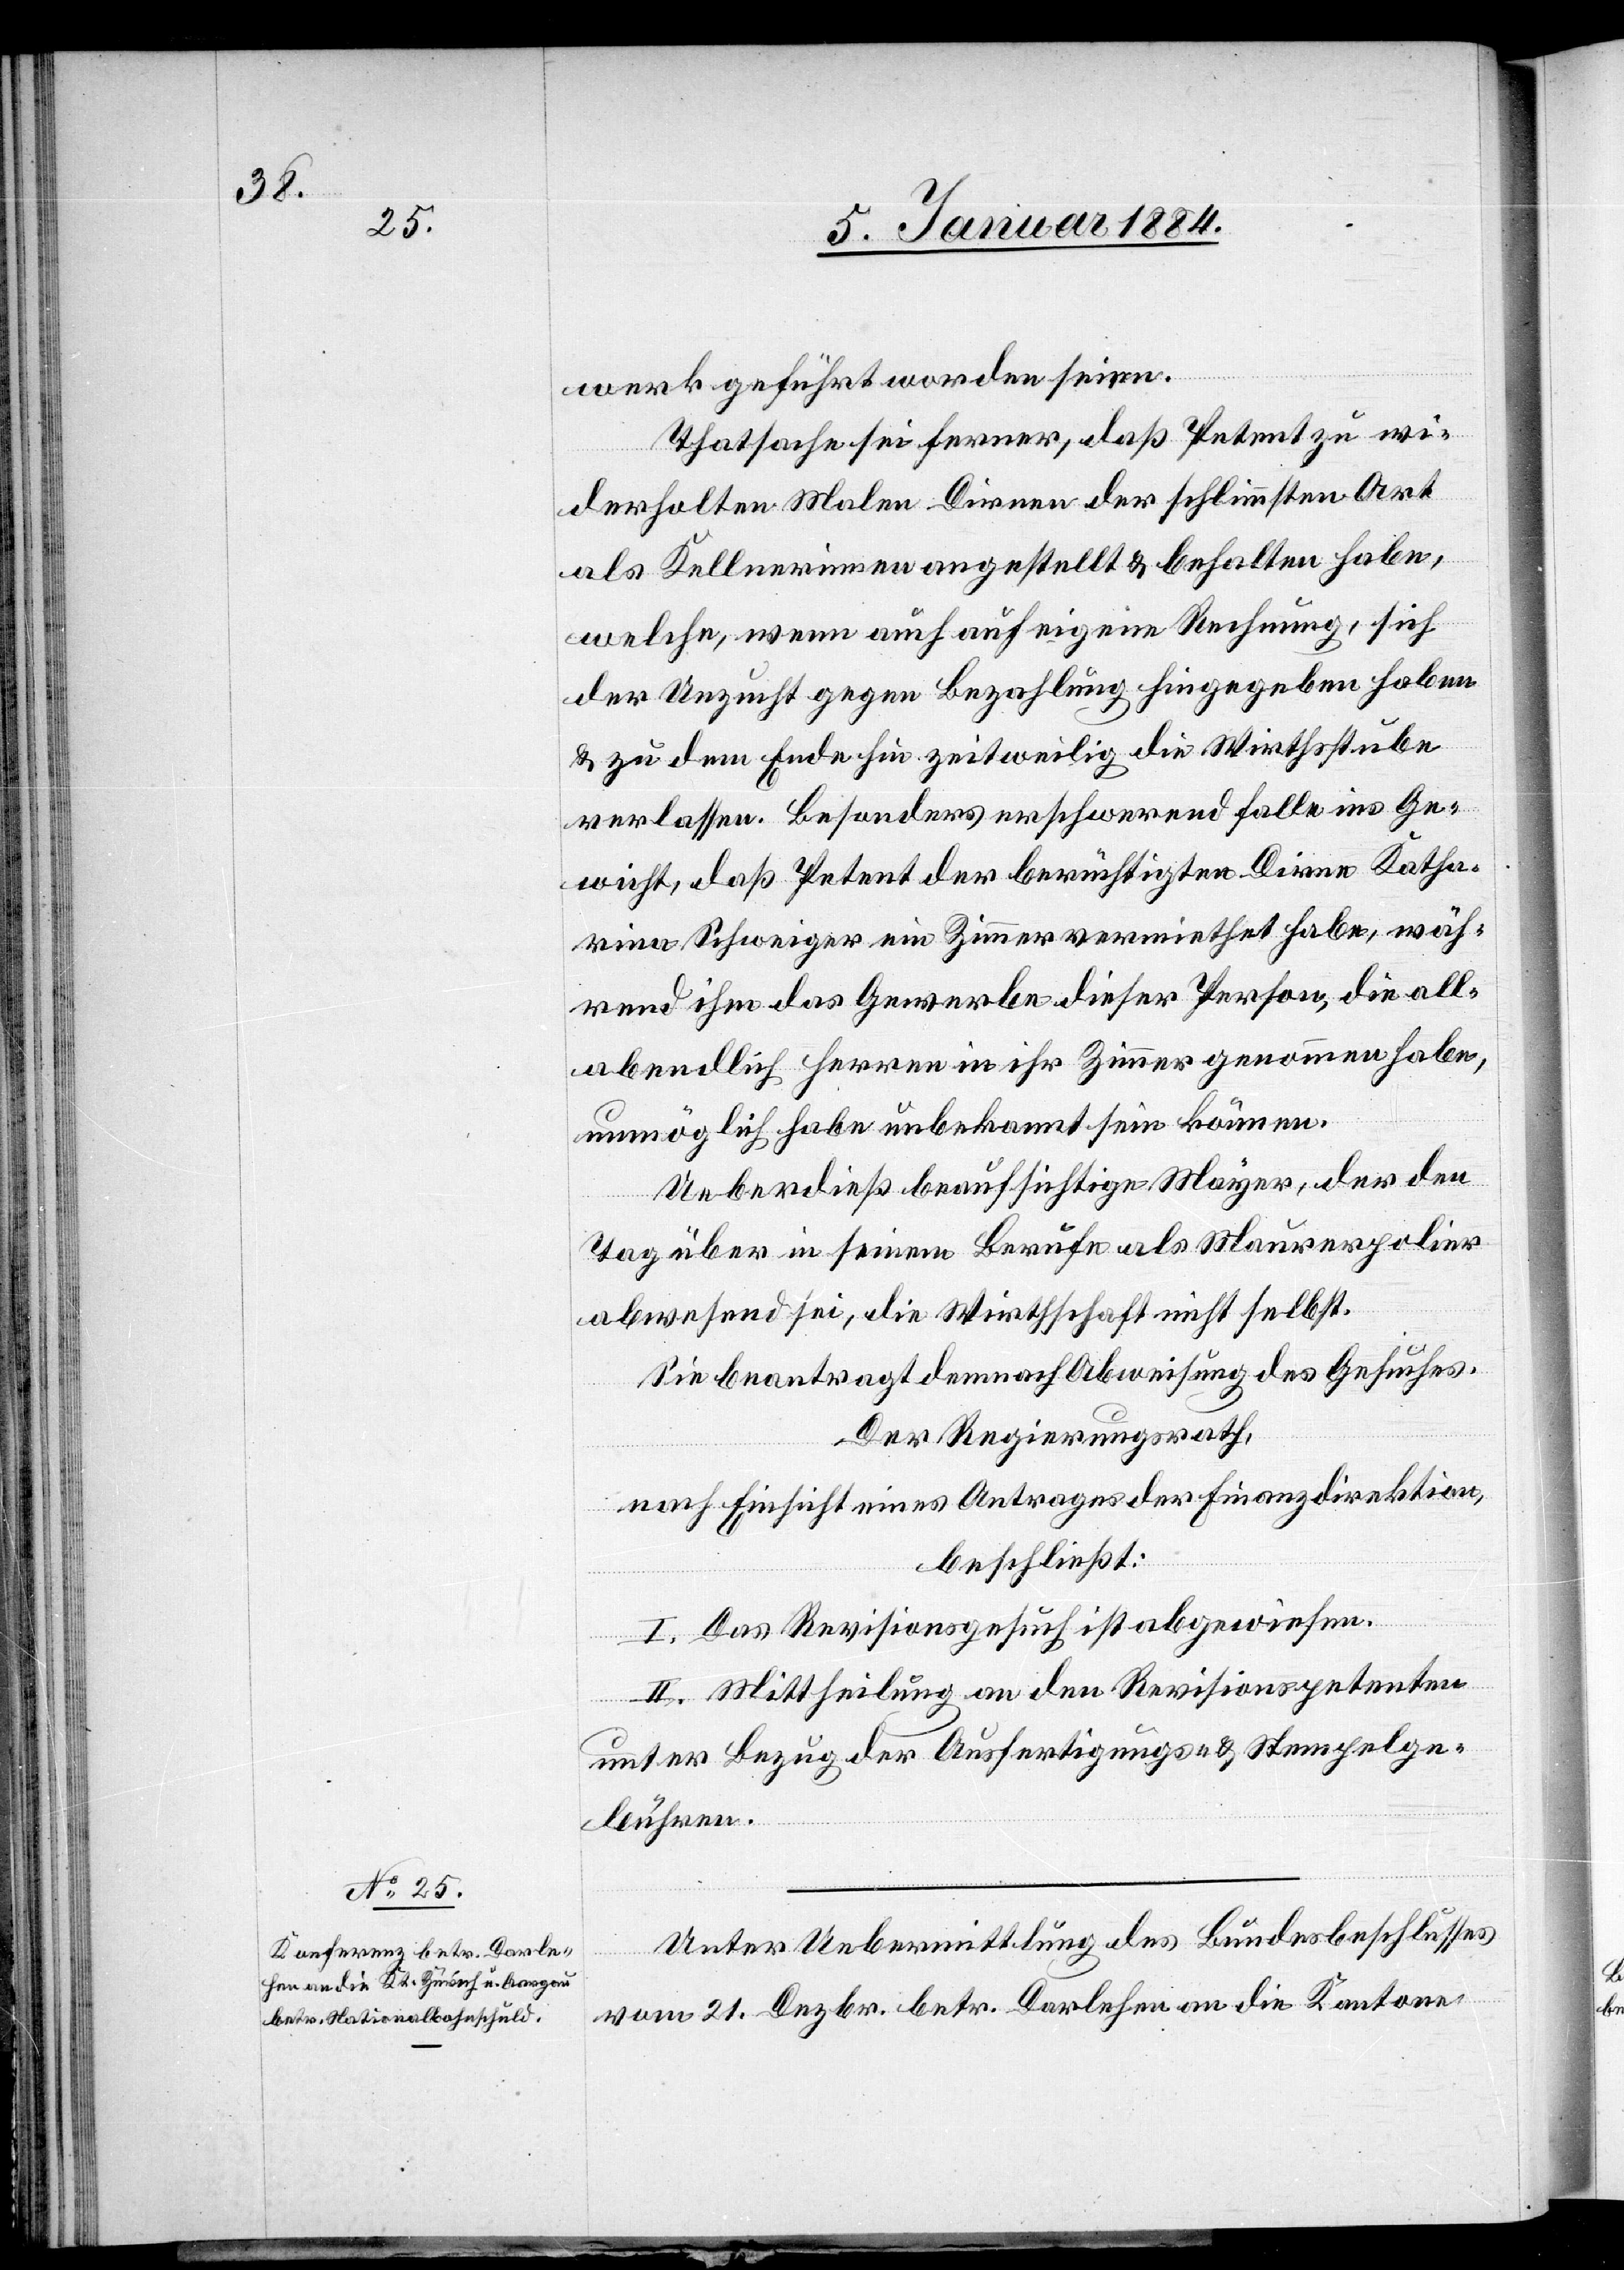
werk geführt worden seien.
Thatsache sei ferner, daß Petent zu wie¬
derholten Malen Dirnen der schlimmsten Art
als Kellnerinnen angestellt & behalten habe,
welche, wenn auch auf eigene Rechnung, sich
der Unzucht gegen Bezahlung hingegeben haben
& zu dem Ende hin zeitweilig die Wirthsstube
verlassen. Besonders erschwerend falle ins Ge¬
wicht, daß Petent der berüchtigten Dirne Katha¬
rina Schweiger ein Zimmer vermiethet habe, wäh¬
rend ihm das Gewerbe dieser Person, die all¬
abendlich Herren in ihr Zimmer genommen habe,
unmöglich habe unbekannt sein können.
Ueberdies beaufsichtige Mayer, der den
Tag über in seinem Berufe als Maurerpolier
abwesend sei, die Wirthschaft nicht selbst.
Sie beantragt demnach Abweisung des Gesuches.
Der Regierungsrath,
nach Einsicht eines Antrages der Finanzdirektion,
beschließt:
I. Das Revisionsgesuch ist abgewiesen.
II. Mittheilung an den Revisionspetenten
unter Bezug der Ausfertigungs- & Stempelge¬
bühren.
Unter Uebermittlung des Bundesbeschlusses
vom 21. Dezbr. betr. Darlehen an die Kantone